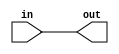
module zNeg1 # (
    // parameters
    parameter n = 12
)   (
    // ports
     in,
     out
);

    input wire [n-1:0] in;
    output reg  [n-1:0] out;
    reg [n-1:0] sto;
    always @(*) begin
        sto <= in;
        out <= sto;
    end
    
endmodule